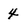
Character: 4